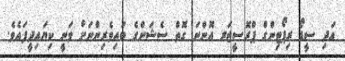
އަދި ސީޑޯ ރިޕޯޓިންގް ޕްރޮސީޖަރ އޮންނަ ގޮތް ސެޝަންގެ ބައިވެރިންނަށް ވަނީ ކިޔައިދީފައެވެ.